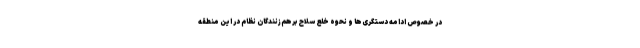
در خصوص ادامه دستگری‌ها و نحوه خلع سلاح برهم‌زنندگان نظام در این منطقه